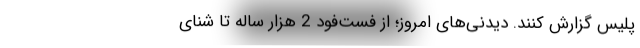
پلیس گزارش کنند. دیدنی‌های امروز؛ از فست‌فود 2 هزار ساله تا شنای